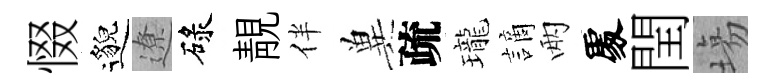
惙邈遼碌靚伴兾疏瓏謫兩𠁅閏塲